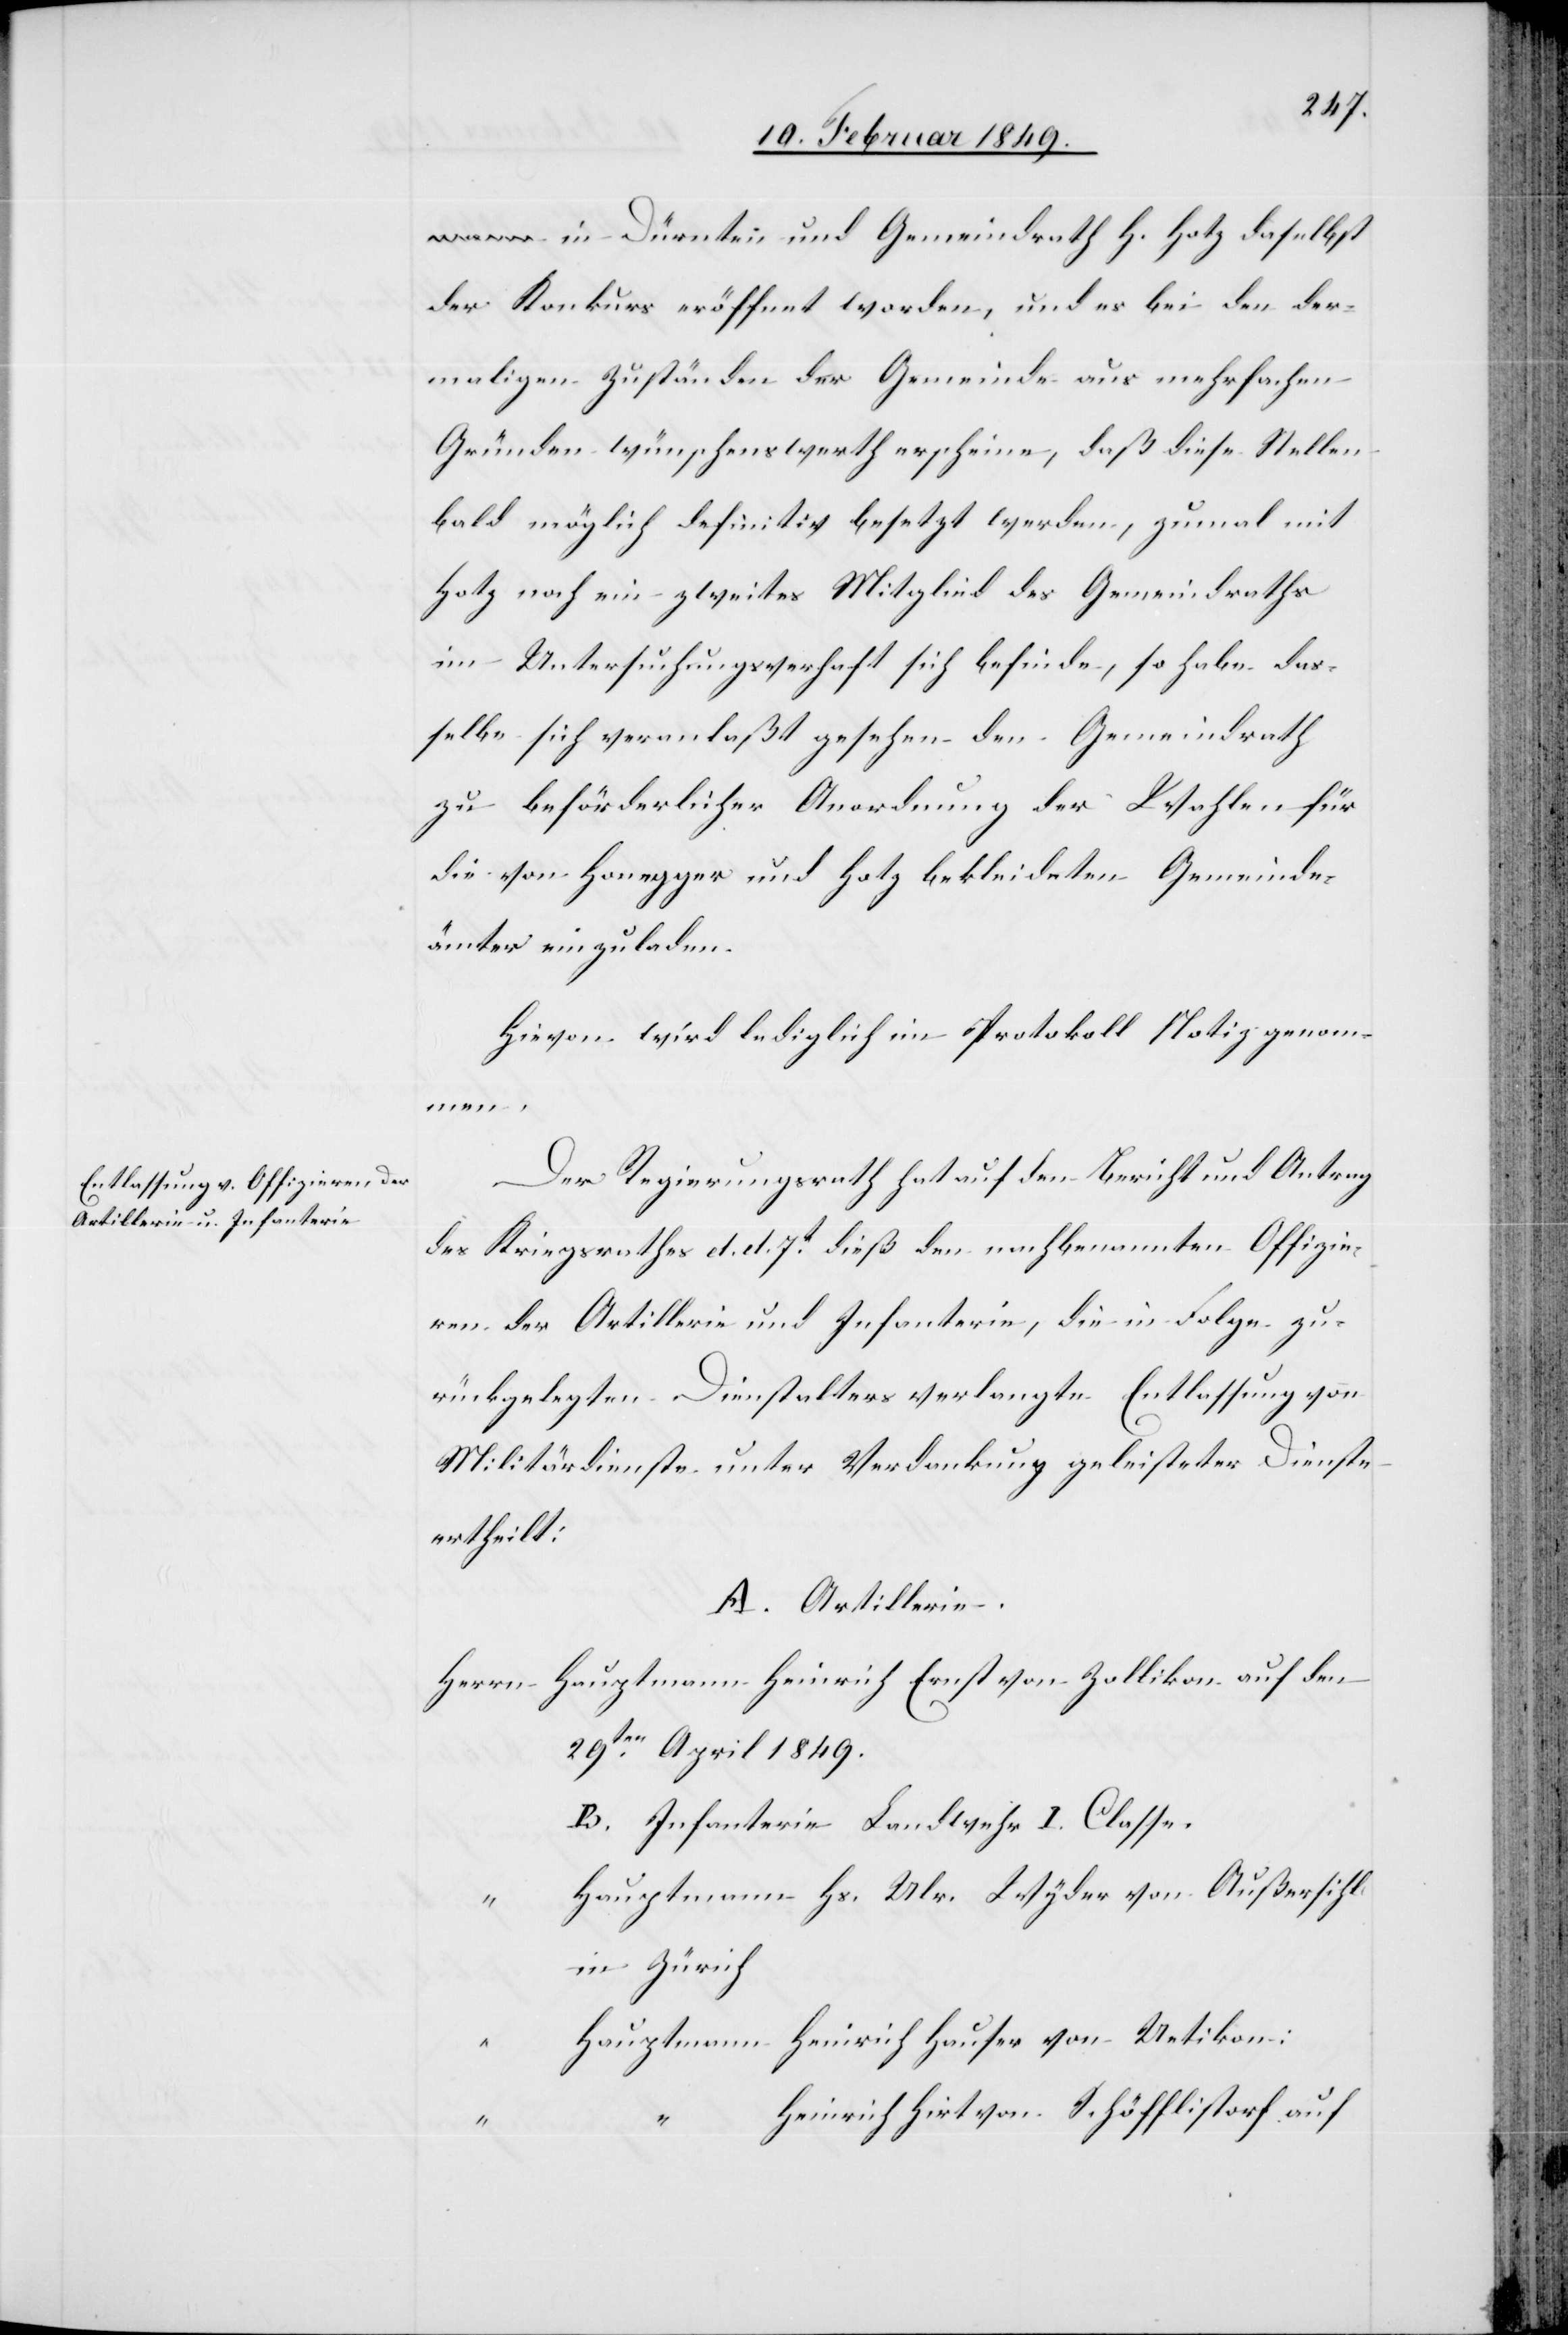
in Dürnten und Gemeindrath H. Hotz daselbst
der Konkurs eröffnet worden, und es bei den der¬
maligen Zuständen der Gemeinde aus mehrfachen
Gründen wünschenswerth erscheine, daß diese Stellen
bald möglich definitiv besetzt werden, zumal mit
Hotz noch ein zweites Mitglied des Gemeindraths
im Untersuchungsverhaft sich befinde, so habe das¬
selbe sich veranlaßt gesehen den Gemeindrath
zu beförderlicher Anordnung der Wahlen für
die von Honegger und Hotz bekleideten Gemeinde¬
ämter einzuladen.
Hievon wird lediglich im Protokoll Notiz genomm¬
en.
Der Regierungsrath hat auf den Bericht und Antrag
des Kriegsrathes d. d. 7t. dieß den nachbenannten Offizie¬
ren der Artillerie und Infanterie, die in Folge zu¬
rückgelegten Dienstalters verlangte Entlassung von
Militärdienste unter Verdankung geleisteter Dienste
ertheilt:
A. Artillerie.
Herrn Hauptmann Heinrich Ernst von Zollikon auf den
29ten. April 1849.
B. Infanterie Landwehr I. Classe
Hauptmann Hs. Ulr. Wyder von Außersihl
in Zürich
Hauptmann Heinrich Hauser von Uetikon:
Heinrich Hirt von Schöfflistorf auf